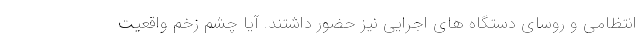
انتظامی و روسای دستگاه های اجرایی نیز حضور داشتند. آیا چشم زخم واقعیت